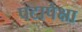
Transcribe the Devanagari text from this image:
पटापेक्षा